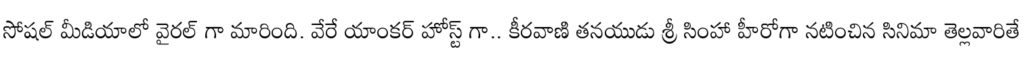
సోషల్ మీడియాలో వైరల్ గా మారింది. వేరే యాంకర్ హోస్ట్ గా.. కీరవాణి తనయుడు శ్రీ సింహా హీరోగా నటించిన సినిమా తెల్లవారితే